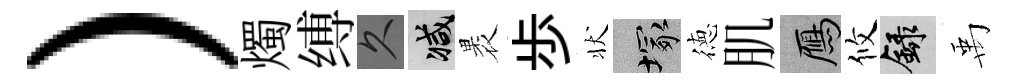
）燭缚久减褁歩状塚徳肌鴈攸録禹